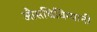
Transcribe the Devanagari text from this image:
औसधिविग्यानी